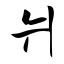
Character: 爿